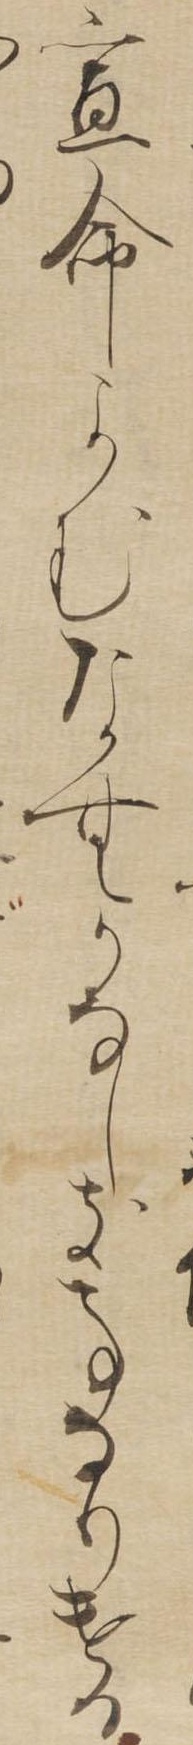
宣命よむなむかなしき事なりける